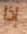
إذا